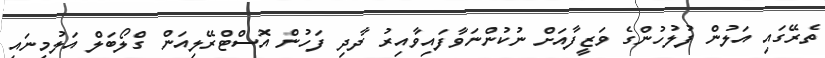
ތެރޭގައި އަލުން ފުލުހުންގެ ވަޒީފާއަށް ނުކުންނަވާފައިވާއިރު ދާދި ފަހުން އޮސްޓްރޭލިއަން ގްލޯބަލް އަލުމިނައި